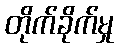
တိုက်ခိုက်မှု